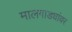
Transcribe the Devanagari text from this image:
मालगाड्यांवर